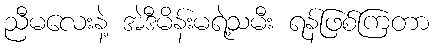
ညီမလေးနဲ့ အဲဒီမိန်းမရဲ့သမီး ရန်ဖြစ်ကြတာ